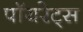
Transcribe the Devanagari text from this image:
पॉयरेट्स